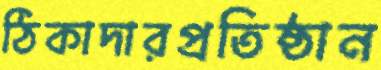
ঠিকাদারপ্রতিষ্ঠান